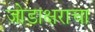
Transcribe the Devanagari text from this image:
जोडाक्षराचा